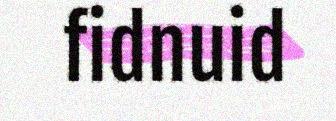
fidnuid